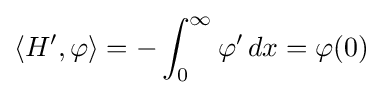
\langle H',\varphi \rangle =-\int _{0}^{\infty }\varphi '\,dx=\varphi (0)